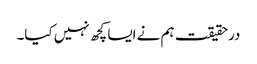
درحقیقت ہم نے ایسا کچھ نہیں کیا۔